Senior Leaving Certificate Examination (including Day School Certificate (Higher) General paper), 1949
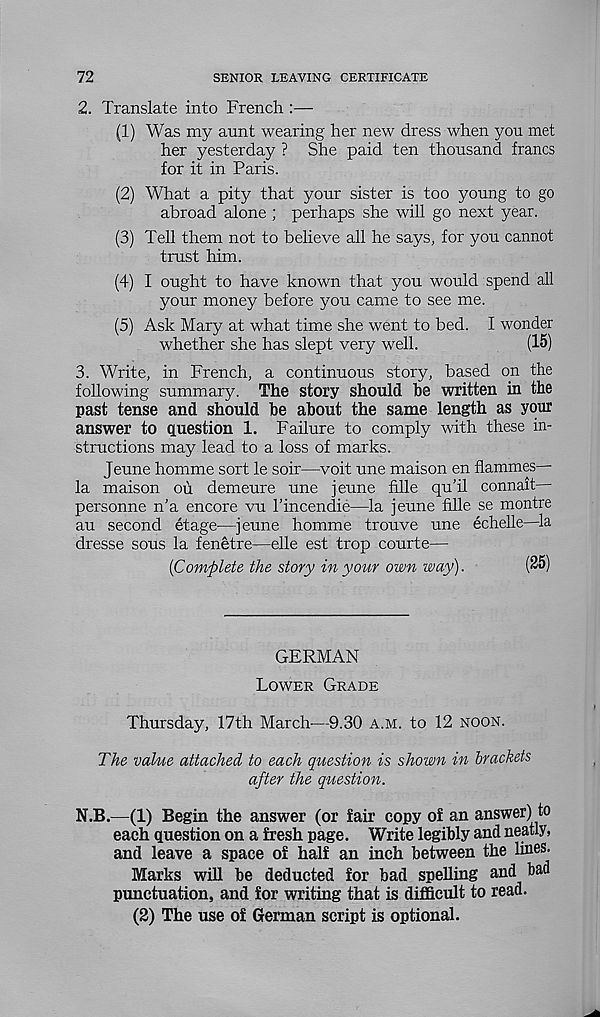
72
SENIOR LEAVING CERTIFICATE
2. Translate into French :—
(1) Was my aunt wearing her new dress when you met
her yesterday ? She paid ten thousand francs
for it in Paris.
(2) What a pity that your sister is too young to go
abroad alone ; perhaps she will go next year.
(3) Tell them not to believe all he says, for you cannot
trust him.
(4) I ought to have known that you would spend all
your money before you came to see me.
(5) Ask Mary at what time she went to bed. I wonder
whether she has slept very well.
(15)
3. Write, in French, a continuous story, based on the
following summary. The story should be written in the
past tense and should be about the same length as your
answer to question 1. Failure to comply with these in-
structions may lead to a loss of marks.
Jeune homme sort le soir—voit une maison en flammes—
la maison ou demeure une jeune fille qu’il connait—
personne n’a encore vu I’incendie—la jeune fille se montre
au second etage—jeune homme trouve une echelle—la
dresse sous la fenetre—elle est trop courte—
{Complete the story in your own way).
(25)
GERMAN
Lower Grade
Thursday, 17th March—9.30 a.m. to 12 noon.
The value attached to each question is shown in brackets
after the question.
N.B.—(1) Begin the answer (or fair copy of an answer) to
each question on a fresh page. Write legibly and neatly,
and leave a space of half an inch between the lines.
Marks will be deducted for bad spelling and bad
punctuation, and for writing that is difficult to read.
(2) The use of German script is optional.